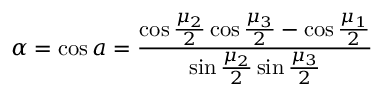
\alpha = \cos { a } = { \frac { \cos { \frac { \mu _ { 2 } } { 2 } } \cos { \frac { \mu _ { 3 } } { 2 } } - \cos { \frac { \mu _ { 1 } } { 2 } } } { \sin { \frac { \mu _ { 2 } } { 2 } } \sin { \frac { \mu _ { 3 } } { 2 } } } }